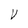
Character: V